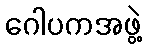
ဂေါပကအဖွဲ့